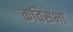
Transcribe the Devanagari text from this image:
कविसभा